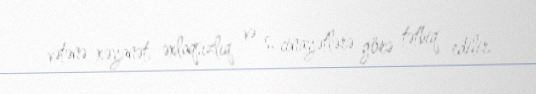
vətənə xəyanət, əxlaqsızlıq və s. cinayətlərə görə tətbiq edilir.